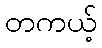
တကယ့်